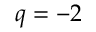
q = - 2